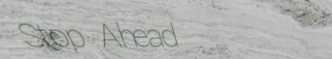
Stop Ahead